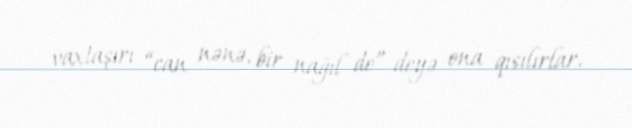
vaxtaşırı “can nənə, bir nağıl de” deyə ona qısılırlar.